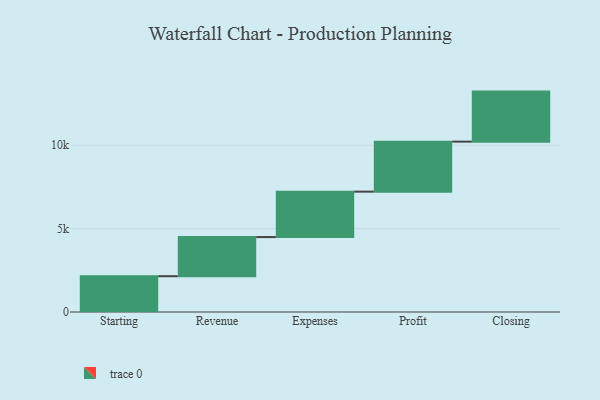
{"axis": {"x": "Step", "y": "Value"}, "legend": [""], "data": [{"x": "Starting", "y": 2146.0, "type": ""}, {"x": "Revenue", "y": 2348.0, "type": ""}, {"x": "Expenses", "y": 2723.0, "type": ""}, {"x": "Profit", "y": 3000, "type": ""}, {"x": "Closing", "y": 3000, "type": ""}]}